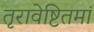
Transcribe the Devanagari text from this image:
तृरावेष्टितमां